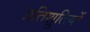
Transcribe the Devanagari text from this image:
प्रतिश्रुतियों